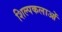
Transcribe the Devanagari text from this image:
शिल्पकलाओं